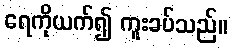
ရေကိုယက်၍ ကူးခပ်သည်။